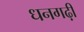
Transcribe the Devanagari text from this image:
धनगढ़ी